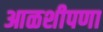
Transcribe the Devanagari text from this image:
आळशीपणा